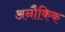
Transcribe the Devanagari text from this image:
अनौकिक